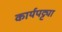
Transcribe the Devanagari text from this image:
कार्यपट्ट्या